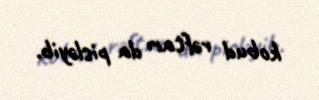
kobud rəftarı da pisləyib.